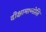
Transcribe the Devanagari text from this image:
दीक्षामाप्नोति